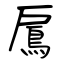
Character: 鳸